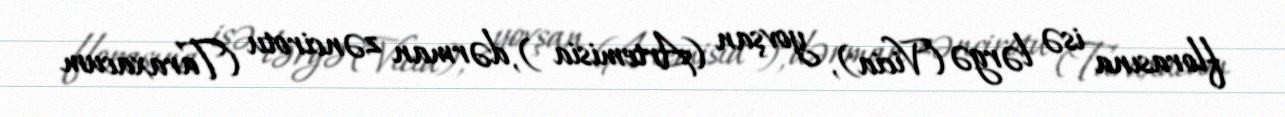
florasına isə lərgə (Vicia), yovşan (Artemisia ), dərman zəncirotu (Taraxacum